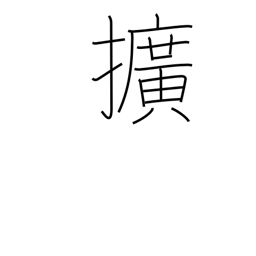
Meaning: broaden